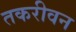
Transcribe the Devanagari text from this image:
तकरीवन